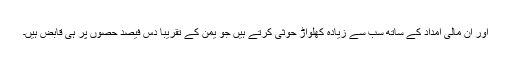
اور ان مالى امداد کے ساتھ سب سے زیاده کهلواڑ حوثى کرتے ہیں جو یمن کے تقریبا دس فیصد حصوں پر ہی قابض ہیں۔